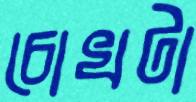
চোখটা